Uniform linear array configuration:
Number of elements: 8
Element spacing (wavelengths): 0.5
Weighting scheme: hann
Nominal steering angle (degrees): -30
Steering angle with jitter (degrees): -31.444
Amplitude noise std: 0.05
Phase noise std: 0.05

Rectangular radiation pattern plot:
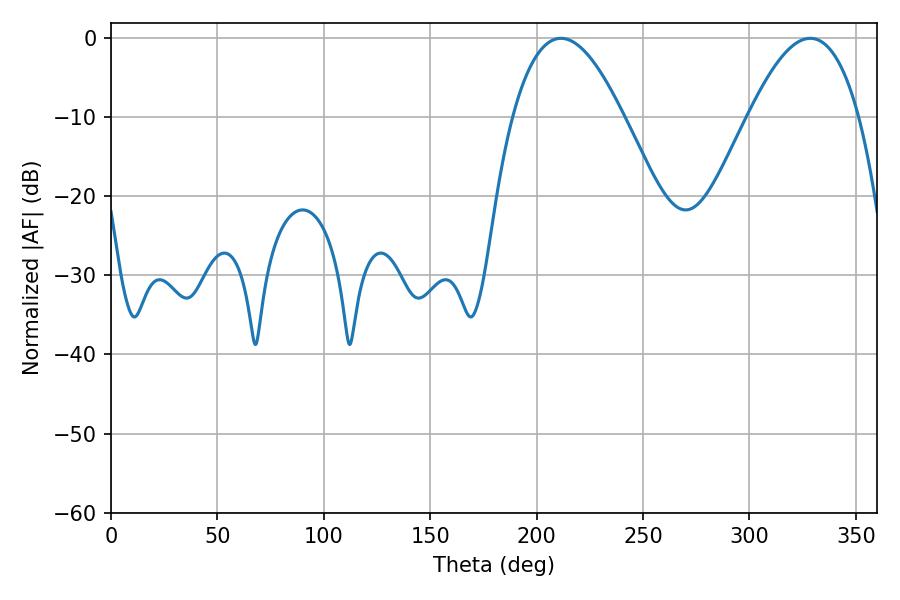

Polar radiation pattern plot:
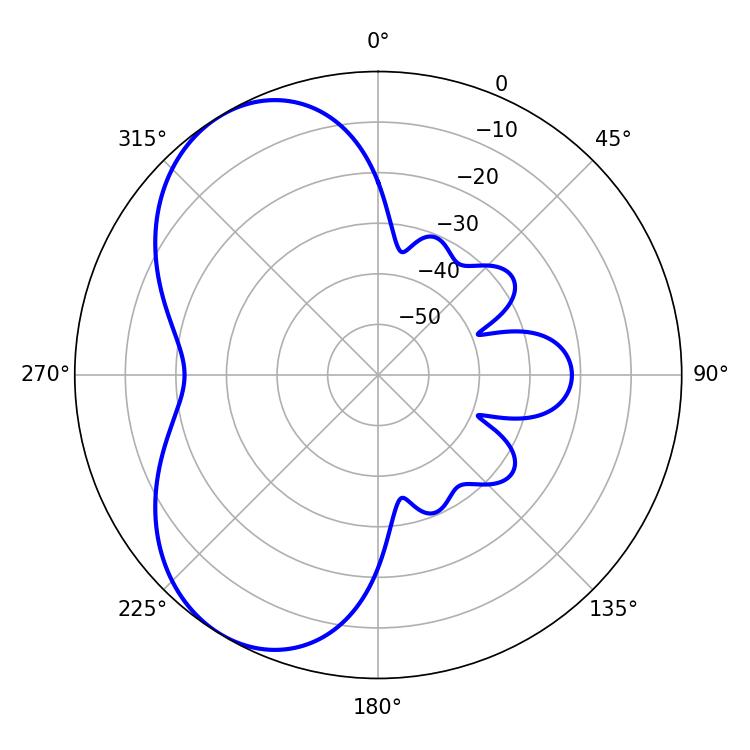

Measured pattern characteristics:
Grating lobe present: FALSE
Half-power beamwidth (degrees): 28.44
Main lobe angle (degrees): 211.5